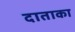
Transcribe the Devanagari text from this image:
दाताका